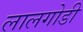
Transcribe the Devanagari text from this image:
लालगोडी